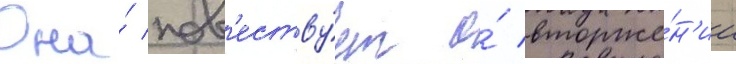
Она́ пов'еству́ет о́ вторже́н'ии